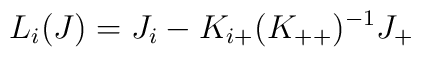
L_{i}(J) = J_i - K_{i+} (K_{++})^{-1} J_{+}